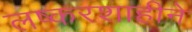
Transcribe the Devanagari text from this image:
लष्करशाहीने